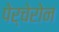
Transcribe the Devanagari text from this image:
पेर्चेरोन